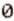
0